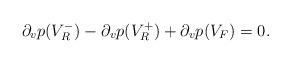
LaTeX: \begin{align*} \partial_vp(V_R^-)-\partial_vp(V_R^+)+\partial_vp(V_F)=0.\end{align*}